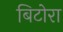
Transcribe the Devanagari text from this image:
बिटोरा